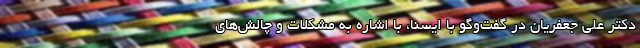
دکتر علی جعفریان در گفت‌وگو با ایسنا، با اشاره به مشکلات و چالش‌های